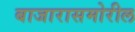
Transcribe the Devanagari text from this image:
बाजारासमोरील